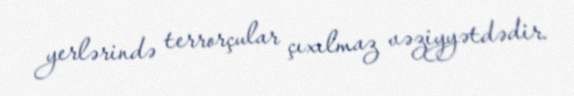
yerlərində terrorçular çıxılmaz vəziyyətdədir.